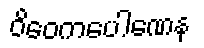
ဝိဝေကပေါဏေန